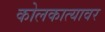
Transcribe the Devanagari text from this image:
कोलकात्यावर